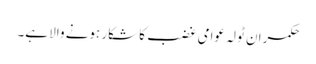
حکمران ٹولہ عوامی غضب کا شکار ہونے والا ہے۔